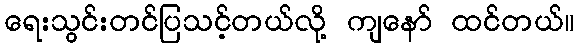
ရေးသွင်းတင်ပြသင့်တယ်လို့ ကျနော် ထင်တယ်။